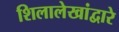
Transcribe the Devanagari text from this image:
शिलालेखांद्वारे